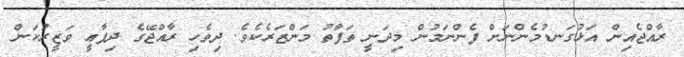
ރާއްޖެއިން އަޅުގަނޑުމެންނަށް ފެންނަމުން މިދަނީ ތަފާތު މަންޒަރެކެވެ. ދިވެހި ރާއްޖޭގެ ދިފާޢީ ވަޒީރުކަން